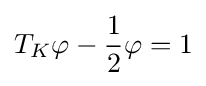
\displaystyle {T_{K}\varphi -{1 \over 2}\varphi =1}